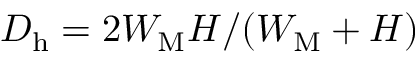
D _ { \mathrm { h } } = 2 W _ { \mathrm { M } } H / ( W _ { \mathrm { M } } + H )